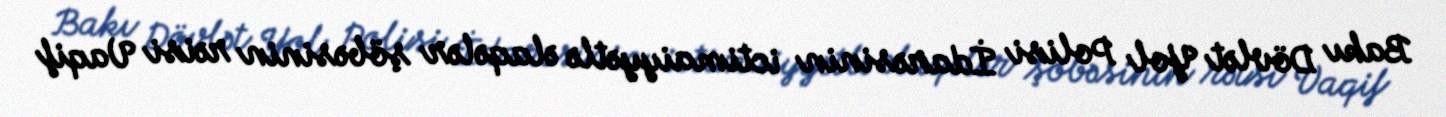
Bakı Dövlət Yol Polisi İdarəsinin ictimaiyyətlə əlaqələr şöbəsinin rəisi Vaqif